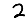
Digit: 2